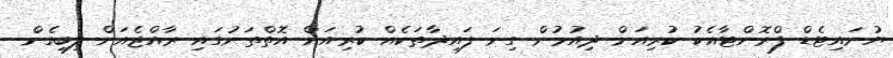
ޔުނައިޓެޑް ފްރޮންޓާއެކު ކުރިއަށް ދިއުމުން ގިނަ ފައިދާތަކެއް ކުރިއަށް އޮތްތަނުގައި ރާއްޖެއަށް ލިބިގެން